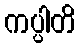
ကပ္ပါတိ